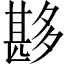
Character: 夦